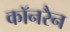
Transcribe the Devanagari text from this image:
कॉनरैन